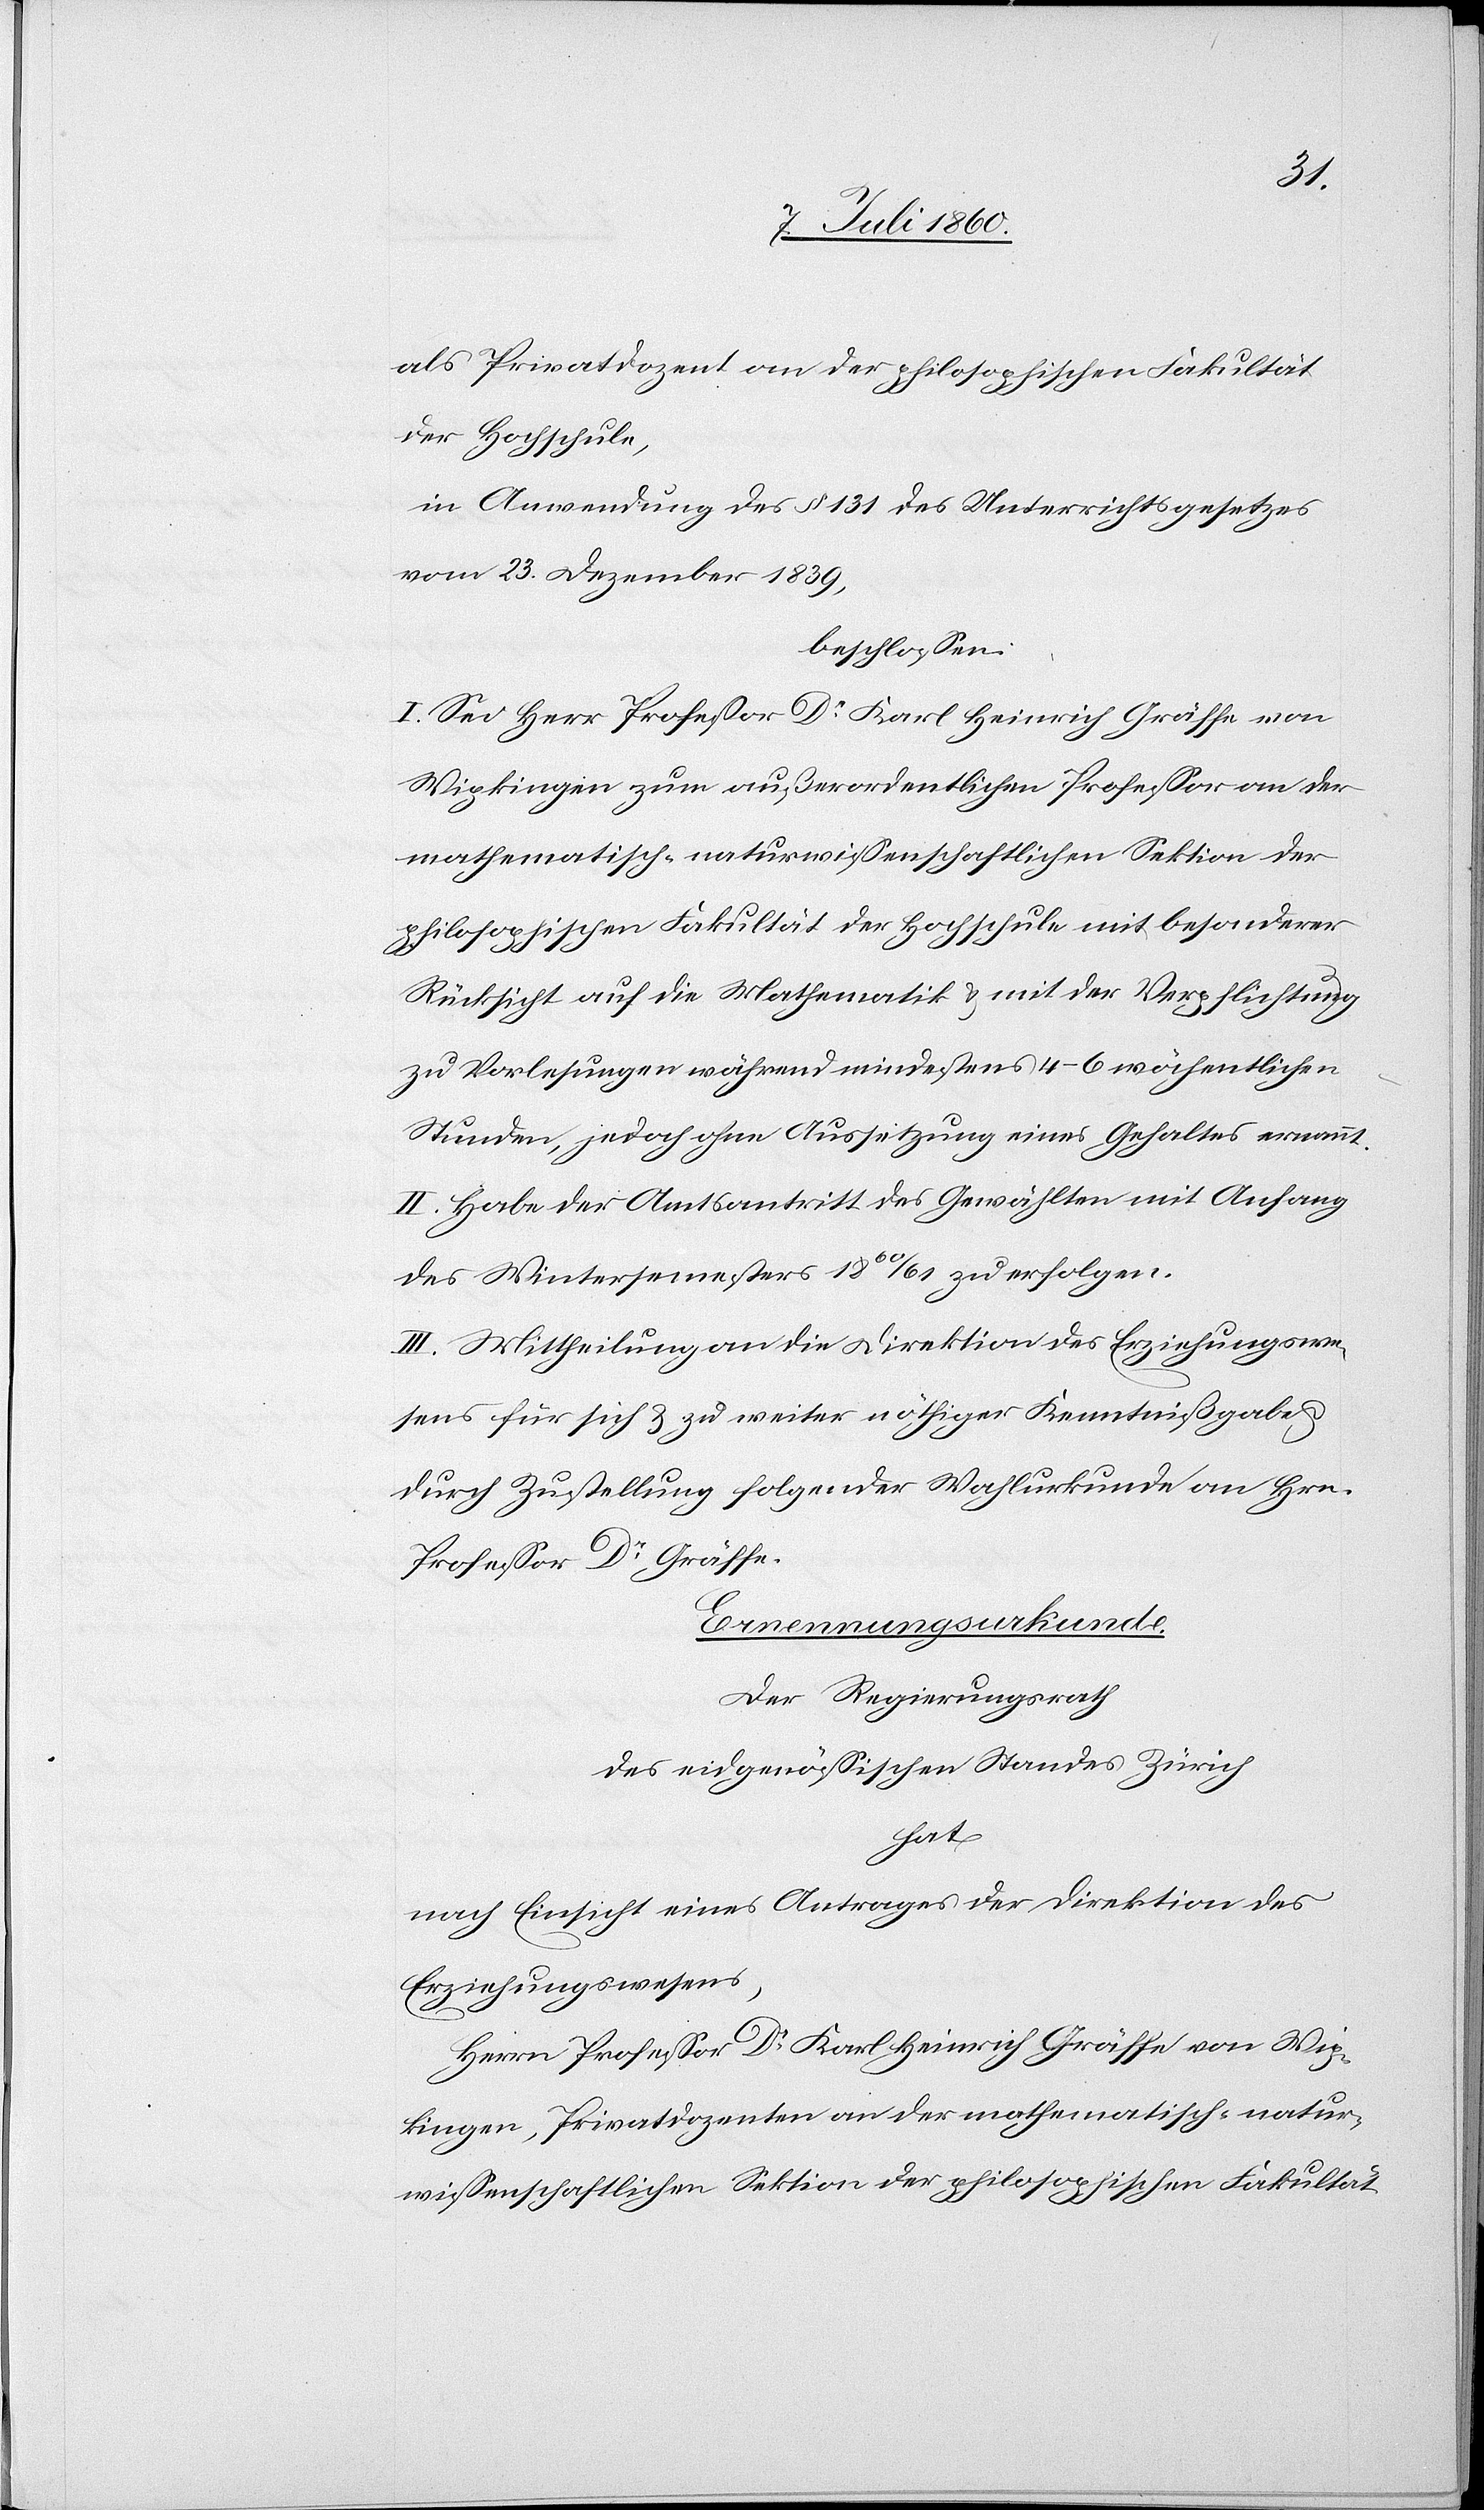
als Privatdozent an der philosophischen Fakultät
der Hochschule,
in Anwendung des § 131 des Unterrichtsgesetzes
vom 23. Dezember 1839,
beschlossen:
I. Sei Herr Professor Dr. Karl Heinrich Gräffe von
Wipkingen zum außerordentlichen Professor an der
mathematisch-naturwissenschaftlichen Sektion der
philosophischen Fakultät der Hochschule mit besonderer
Rücksicht auf die Mathematik & mit der Verpflichtung
zu Vorlesungen während mindestens 4–6 wöchentlichen
Stunden, jedoch ohne Aussetzung eines Gehaltes, ernannt.
II. Habe der Amtsantritt des Gewählten mit Anfang
des Wintersemesters 1860/61 zu erfolgen.
III. Mittheilung an die Direktion des Erziehungswe¬
sens für sich & zu weiter nöthiger Kenntnissgabe
durch Zustellung folgender Wahlurkunde an Hrn.
Professor Dr. Gräffe.
Ernennungsurkunde.
Der Regierungsrath
des eidgenössischen Standes Zürich
hat
nach Einsicht eines Antrages der Direktion des
Erziehungswesens,
Herrn Professor Dr. Karl Heinrich Gräffe von Wip¬
kingen, Privatdozenten an der mathematisch-natur¬
wissenschaftlichen Sektion der philosophischen Fakultät